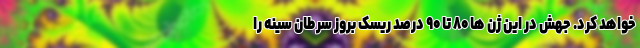
خواهد کرد. جهش در این ژن ها ۸۰ تا ۹۰ درصد ریسک بروز سرطان سینه را